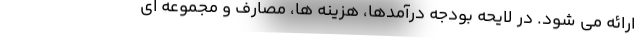
ارائه می شود. در لایحه بودجه درآمدها، هزینه ها، مصارف و مجموعه ای